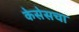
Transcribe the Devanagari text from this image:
केसेसचा